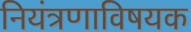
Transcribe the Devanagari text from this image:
नियंत्रणाविषयक